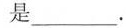
是___.